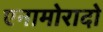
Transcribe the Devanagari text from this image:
एनामोरादो